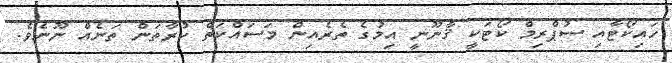
ހައިކޯޓާއި ސުޕްރިމް ކޯޓަކީ ޤާނޫނީ އިމުގެ ތެރެއިން މަސައްކަތް ކުރާތަން ތަނެއް ނޫނެވެ.